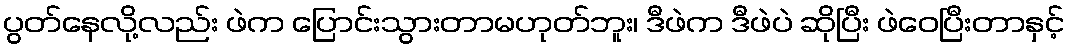
ပွတ်နေလို့လည်း ဖဲက ပြောင်းသွားတာမဟုတ်ဘူး၊ ဒီဖဲက ဒီဖဲပဲ ဆိုပြီး ဖဲဝေပြီးတာနှင့်